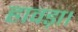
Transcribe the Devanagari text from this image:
हावड़ा।